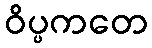
ဝိပ္ပကတေ